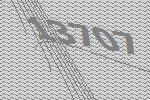
13707